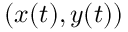
( x ( t ) , y ( t ) )